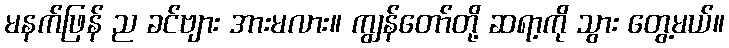
မနက်ဖြန် ည ခင်ဗျား အားမလား။ ကျွန်တော်တို့ ဆရာ့ကို သွား တွေ့မယ်။